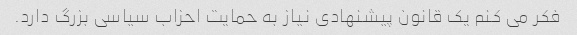
فکر می کنم یک قانون پیشنهادی نیاز به حمایت احزاب سیاسی بزرگ دارد.